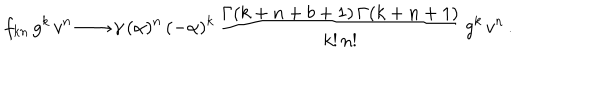
LaTeX: f _ { k n } \, g ^ { k } \, v ^ { n } \longrightarrow \gamma \, ( \alpha ) ^ { n } \, ( - \alpha ) ^ { k } \, \frac { \Gamma ( k + n + b + 1 ) \, \Gamma ( k + n + 1 ) } { k ! \, n ! } \, g ^ { k } \, v ^ { n } \, .